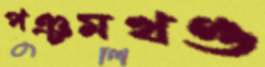
পঞ্চমখণ্ড